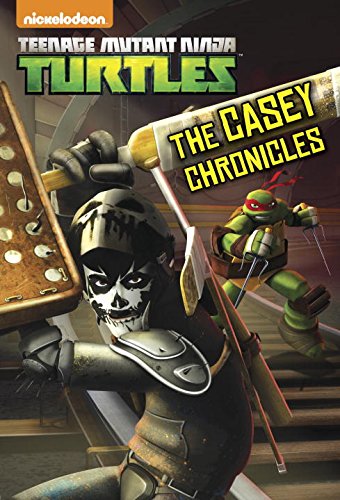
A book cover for The Casey Chronicles (Teenage Mutant Ninja Turtles) (Junior Novel); Matthew Gilbert; Children's Books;